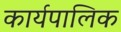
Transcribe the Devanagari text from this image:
कार्यपालिक